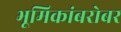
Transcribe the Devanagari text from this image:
भूमिकांबरोबर